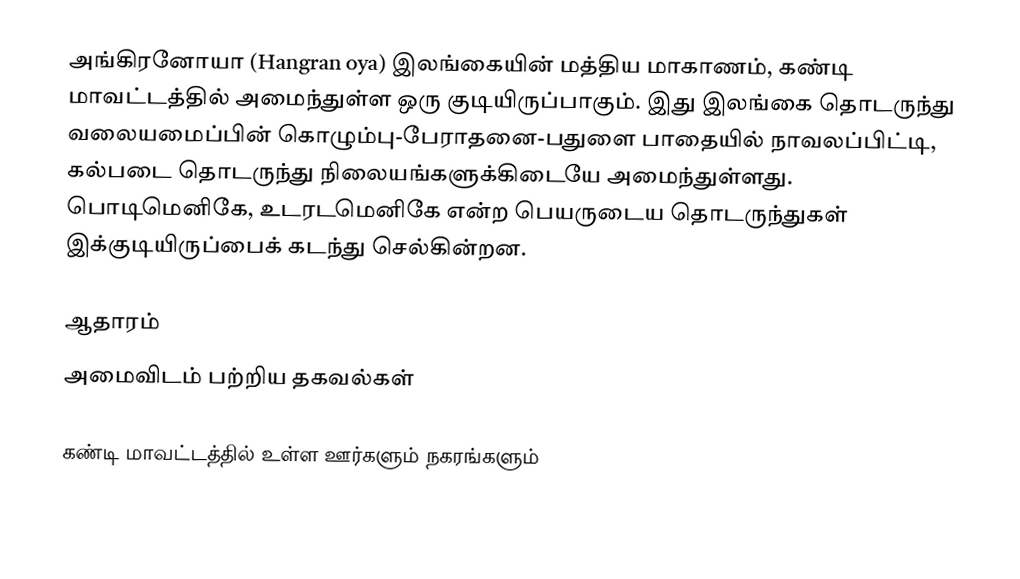
அங்கிரனோயா (Hangran oya) இலங்கையின்  மத்திய மாகாணம், கண்டி மாவட்டத்தில் அமைந்துள்ள ஒரு குடியிருப்பாகும். இது இலங்கை தொடருந்து வலையமைப்பின் கொழும்பு-பேராதனை-பதுளை பாதையில் நாவலப்பிட்டி, கல்படை தொடருந்து நிலையங்களுக்கிடையே அமைந்துள்ளது. பொடிமெனிகே,   உடரடமெனிகே என்ற பெயருடைய தொடருந்துகள் இக்குடியிருப்பைக் கடந்து செல்கின்றன.

ஆதாரம்
அமைவிடம் பற்றிய தகவல்கள்

கண்டி மாவட்டத்தில் உள்ள ஊர்களும் நகரங்களும்